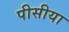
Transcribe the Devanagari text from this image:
पीसीया